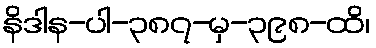
နိဒါန-ပါ-၃၈၇-မှ-၃၉၈-ထိ၊